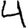
Digit: 4